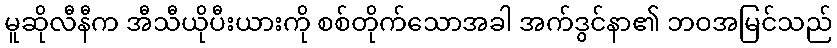
မူဆိုလီနီက အီသီယိုပီးယားကို စစ်တိုက်သောအခါ အက်ဒွင်နာ၏ ဘဝအမြင်သည်